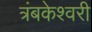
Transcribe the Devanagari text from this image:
त्रंबकेश्वरी